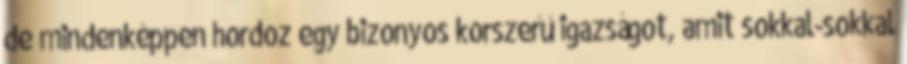
de mindenképpen hordoz egy bizonyos korszerű igazságot, amit sokkal-sokkal